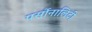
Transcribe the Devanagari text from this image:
पर्सोनालिटी